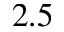
2 . 5